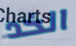
الخد